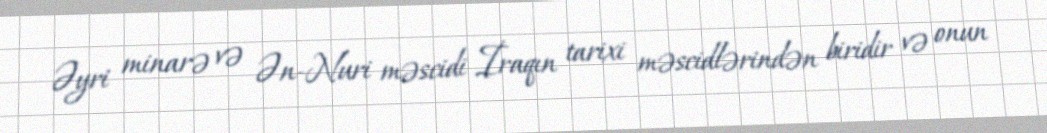
Əyri minarə və Ən-Nuri məscidi İraqın tarixi məscidlərindən biridir və onun